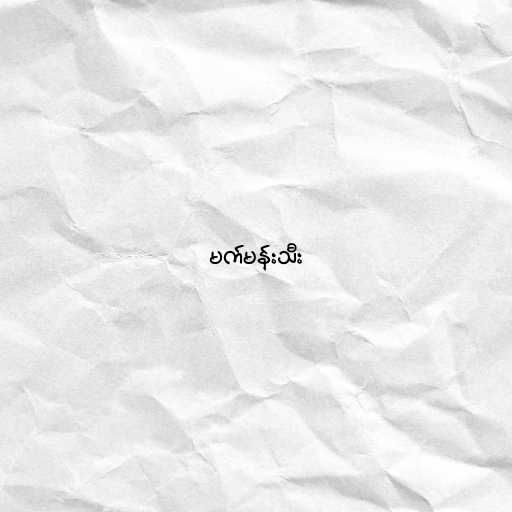
မက်မန်းသီး